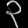
Digit: ၃